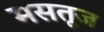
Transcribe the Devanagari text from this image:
मसतूज